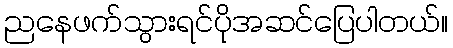
ညနေဖက်သွားရင်ပိုအဆင်ပြေပါတယ်။